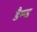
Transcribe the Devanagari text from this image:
डैम्प्ड